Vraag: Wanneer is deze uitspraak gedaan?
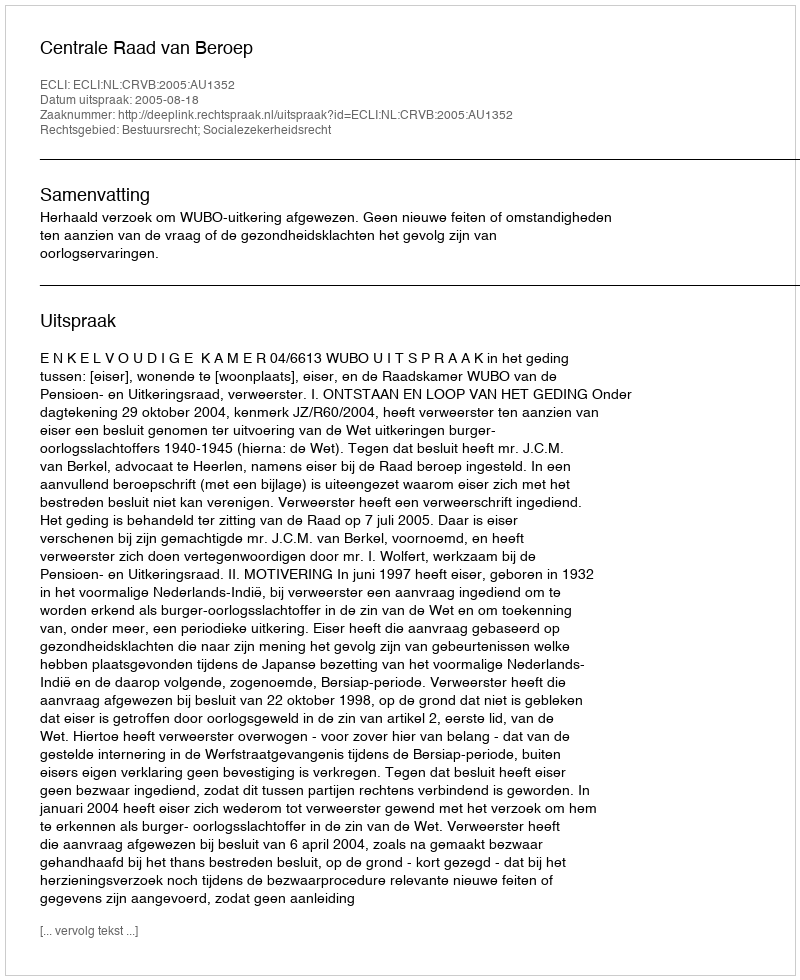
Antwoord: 2005-08-18